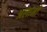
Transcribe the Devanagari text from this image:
अलानी